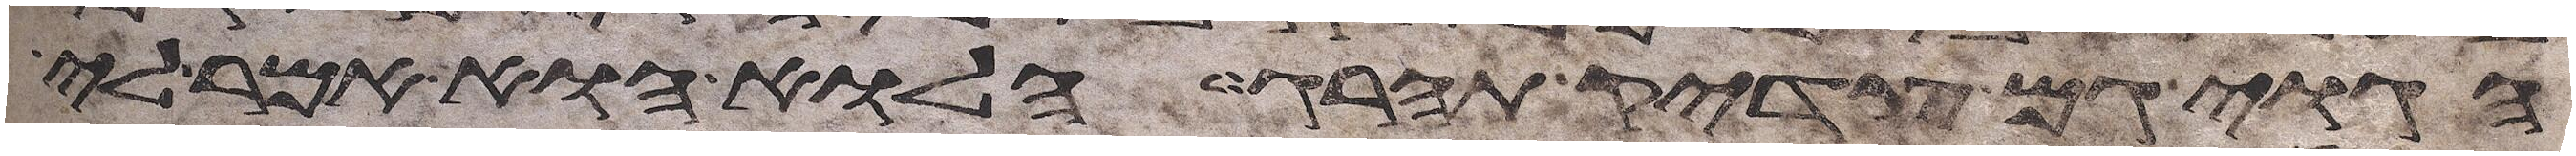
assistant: הגוי גם צדיק תהרג הלוא הוא אמר לי